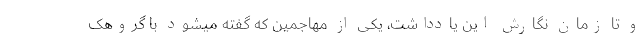
و تا زمان نگارش این یادداشت، یکی از مهاجمین که گفته میشود با گروهک